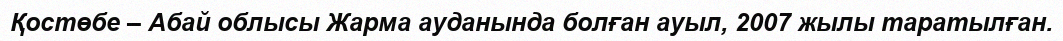
Қостөбе – Абай облысы Жарма ауданында болған ауыл, 2007 жылы таратылған.